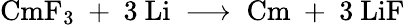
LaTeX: \mathrm{CmF_{3}\ +\ 3\ Li\ \longrightarrow\ Cm\ +\ 3\ LiF}